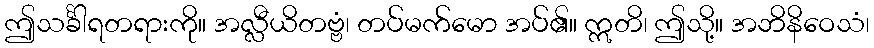
ဤသင်္ခါရတရားကို။ အလ္လီယိတဗ္ဗံ၊ တပ်မက်မော အပ်၏။ ဣတိ၊ ဤသို့။ အဘိနိဝေသံ၊